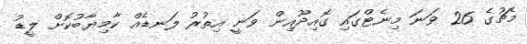
މެޗުގެ 26 ވަނަ މިނެޓްގައި ގޮއިދޫއިން ވަނީ އިތުރު ލަނޑެއް ކާމިޔާބުކޮށް ލީޑު